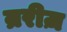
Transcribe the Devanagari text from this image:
म्ररीज़